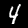
Label: 4